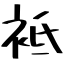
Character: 袛